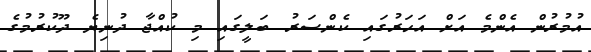
އުމުރުން އެންމެ އަށް އަހަރުގައި ކެންސަރު ބަލީގައި މި ކުއްޖާ ދުނިޔެ ދޫކުރުމުގެ